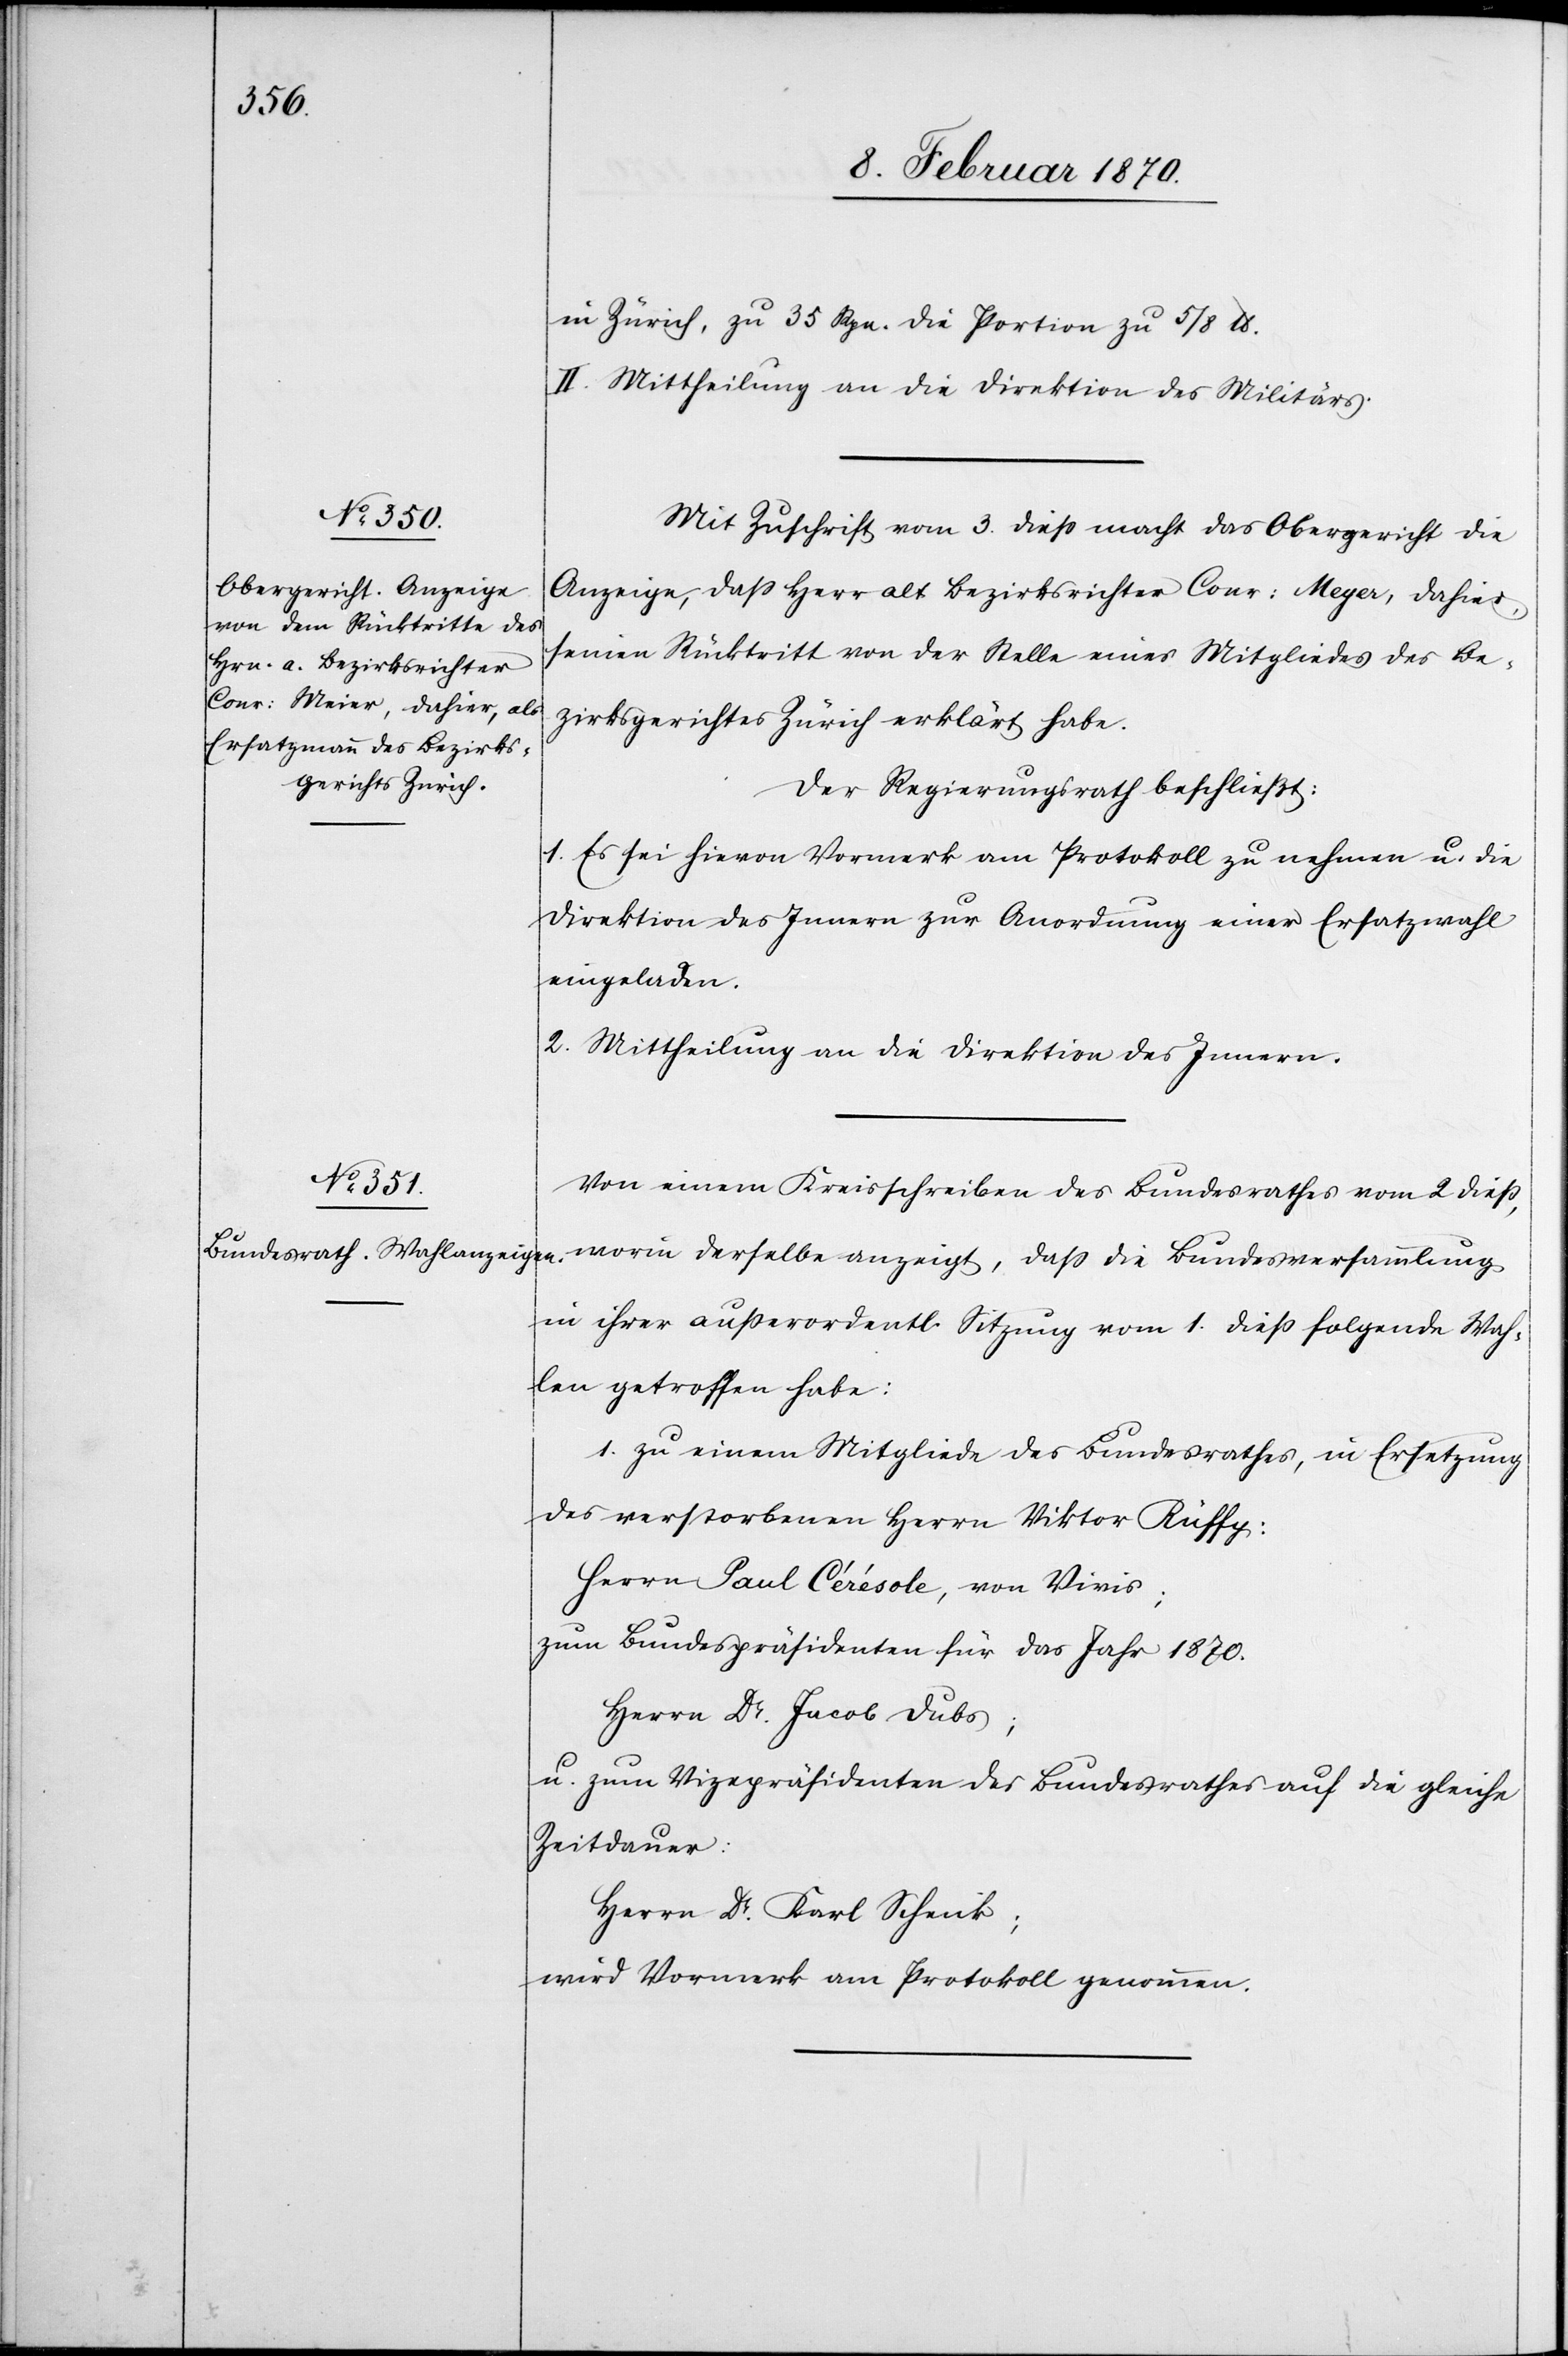
in Zürich, zu 35 Rpn. die Portion zu 5/8 lb.
II. Mittheilung an die Direktion des Militärs.
Mit Zuschrift vom 3. dieß. macht das Obergericht die
Anzeige, daß Herr alt Bezirksrichter Conr. Meyer, dahier
seinen Rücktritt von der Stelle eines Mitgliedes des Be¬
zirksgerichtes Zürich erklärt habe.
Der Regierungsrath beschließt:
1. Es sei hievon Vormerk am Protokoll zu nehmen u. die
Direktion des Innern zur Anordnung einer Ersatzwohl
einzuladen.
2. Mittheilung an die Direktion des Innern.
Von einem Kreisschreiben des Bundesrathes vom 2 dieß.,
worin derselbe anzeigt, dass die Bundesversammlung
in ihrer außerordentl. Sitzung vom 1. dieß. folgende Wah¬
len getroffen habe:
1. zu einem Mitgliede des Bundesrathes, in Ersetzung
des verstorbenen Herrn Viktor Rüffy:
Herrn Paul Cérésole, von Vivis;
zum Bundespräsidenten für das Jahr 1870:
Herrn Dr. Jacob Dubs;
u. zum Vizepräsidenten des Bundesrathes auf die gleiche
Zeitdauer:
Herrn Dr. Karl Schenk;
wird Vormerk am Protokoll genommen.